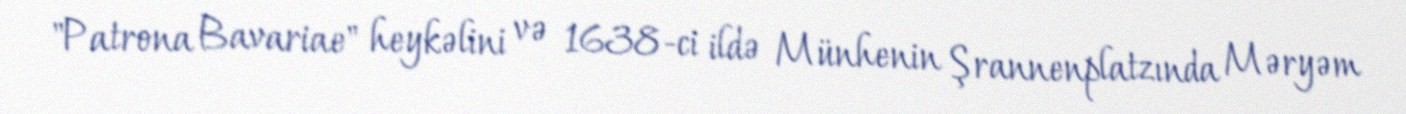
"Patrona Bavariae" heykəlini və 1638-ci ildə Münhenin Şrannenplatzında Məryəm